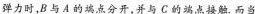
弹力时，B与A的端点分开，并与C的端点接触.而当